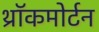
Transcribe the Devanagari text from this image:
थ्रॉकमोर्टन